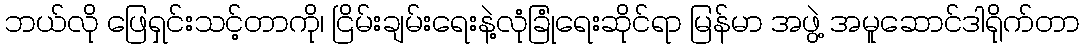
ဘယ်လို ဖြေရှင်းသင့်တာကို၊ ငြိမ်းချမ်းရေးနဲ့လုံခြုံရေးဆိုင်ရာ မြန်မာ အဖွဲ့ အမူဆောင်ဒါရိုက်တာ